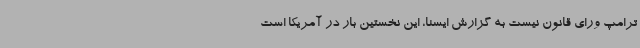
ترامپ ورای قانون نیست به گزارش ایسنا، این نخستین بار در آمریکا است